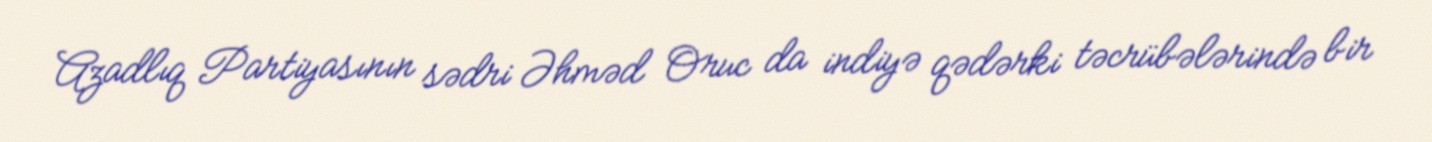
Azadlıq Partiyasının sədri Əhməd Oruc da indiyə qədərki təcrübələrində bir